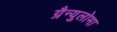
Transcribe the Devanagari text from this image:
ग्रैन्युलोमा